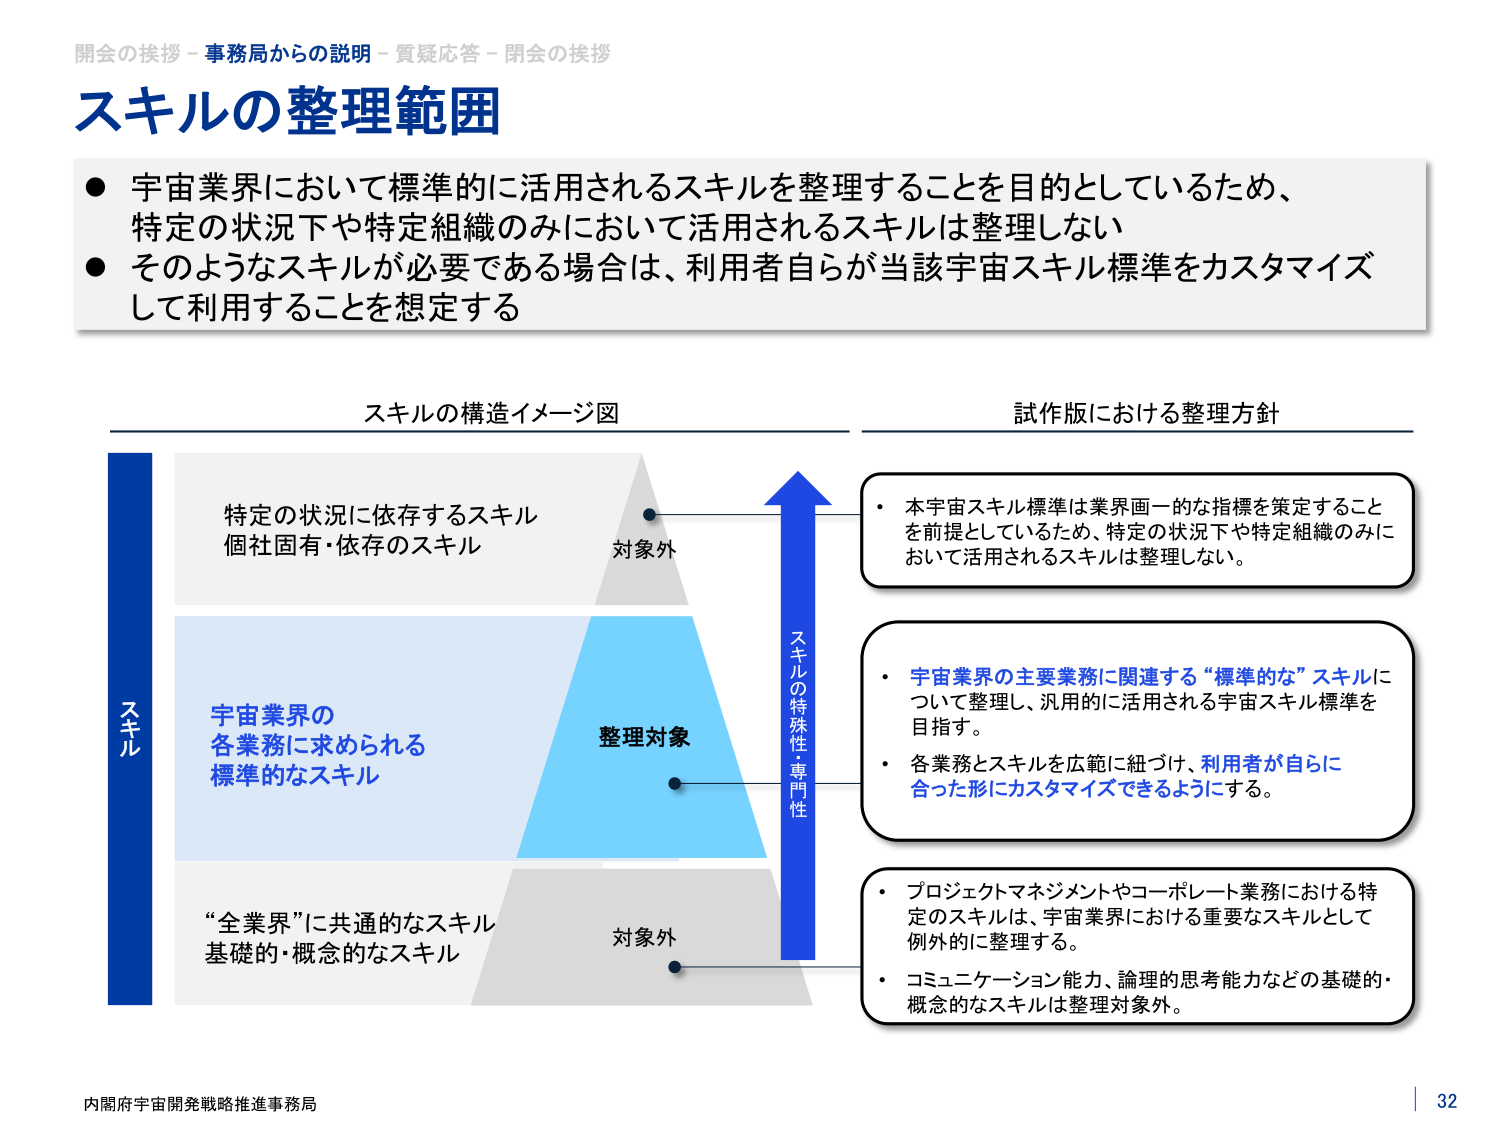
開会の挨拶 - 事務局からの説明 - 質疑応答 - 閉会の挨拶
スキルの整理範囲
● 宇宙業界において標準的に活用されるスキルを整理することを目的としているため、
　特定の状況下や特定組織のみにおいて活用されるスキルは整理しない
● そのようなスキルが必要である場合は、利用者自らが当該宇宙スキル標準をカスタマイズ
　して利用することを想定する

スキルの構造イメージ図
スキル
特定の状況に依存するスキル
個社固有・依存のスキル
対象外
宇宙業界の
各業務に求められる
標準的なスキル
整理対象
“全業界”に共通的なスキル
基礎的・概念的なスキル
対象外
スキルの特殊性・専門性

試作版における整理方針
・ 本宇宙スキル標準は業界画一的な指標を策定すること
　を前提としているため、特定の状況下や特定組織のみに
　おいて活用されるスキルは整理しない。
・ 宇宙業界の主要業務に関連する“標準的な”スキルに
　ついて整理し、汎用的に活用される宇宙スキル標準を
　目指す。
・ 各業務とスキルを広範に紐づけ、利用者が自らに
　合った形にカスタマイズできるようにする。
・ プロジェクトマネジメントやコーポレート業務における特
　定のスキルは、宇宙業界における重要なスキルとして
　例外的に整理する。
・ コミュニケーション能力、論理的思考能力などの基礎的・
　概念的なスキルは整理対象外。

内閣府宇宙開発戦略推進事務局
32